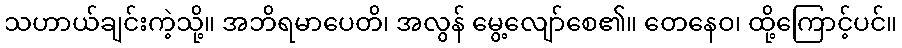
သဟာယ်ချင်းကဲ့သို့။ အဘိရမာပေတိ၊ အလွန် မွေ့လျော်စေ၏။ တေနေဝ၊ ထို့ကြောင့်ပင်။